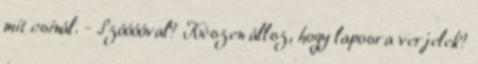
mit csinál. - Szóóóóval? Készen állsz, hogy laposra verjelek?